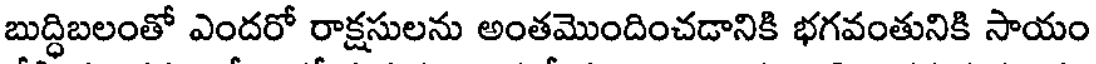
బుద్ధిబలంతో ఎందరో రాక్షసులను అంతమొందించడానికి భగవంతునికి సాయం